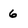
Character: 6